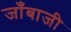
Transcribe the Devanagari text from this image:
जाँबाजी